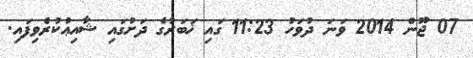
07 ޖޫން 2014 ވަނަ ދުވަހު 11:23 ގައި ޚަބަރުގެ ދަށުގައި ޝާއިޢުކުރެވިފައި.